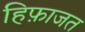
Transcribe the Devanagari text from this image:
हिफ़ाजत